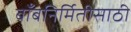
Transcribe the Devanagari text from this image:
बाँबनिर्मितीसाठी